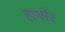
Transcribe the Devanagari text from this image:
हाथोर